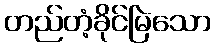
တည်တံ့ခိုင်မြဲသော